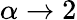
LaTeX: \alpha\to 2